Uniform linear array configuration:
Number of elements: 16
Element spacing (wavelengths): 0.75
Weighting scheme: hann
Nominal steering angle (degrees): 60
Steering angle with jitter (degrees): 58.82
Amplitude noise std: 0.05
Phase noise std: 0.05

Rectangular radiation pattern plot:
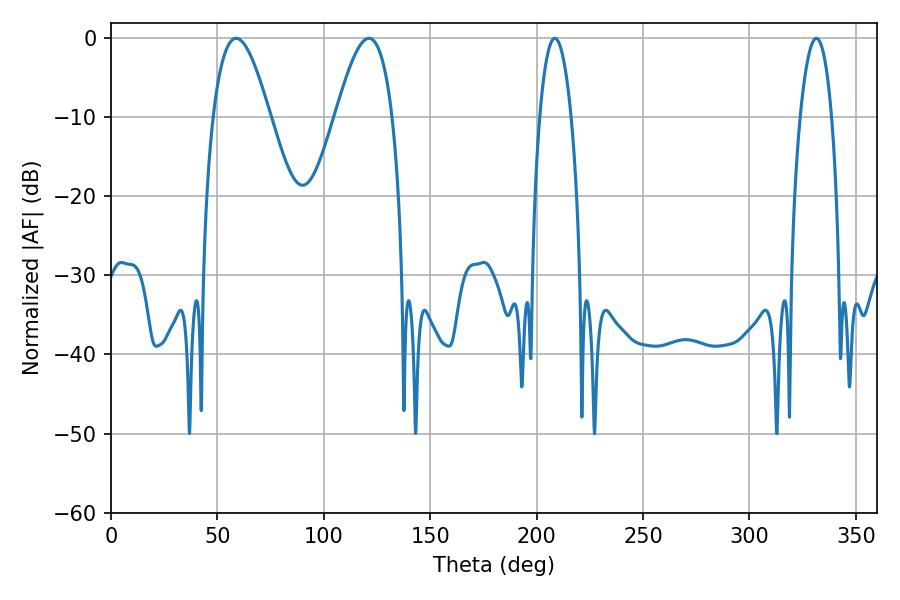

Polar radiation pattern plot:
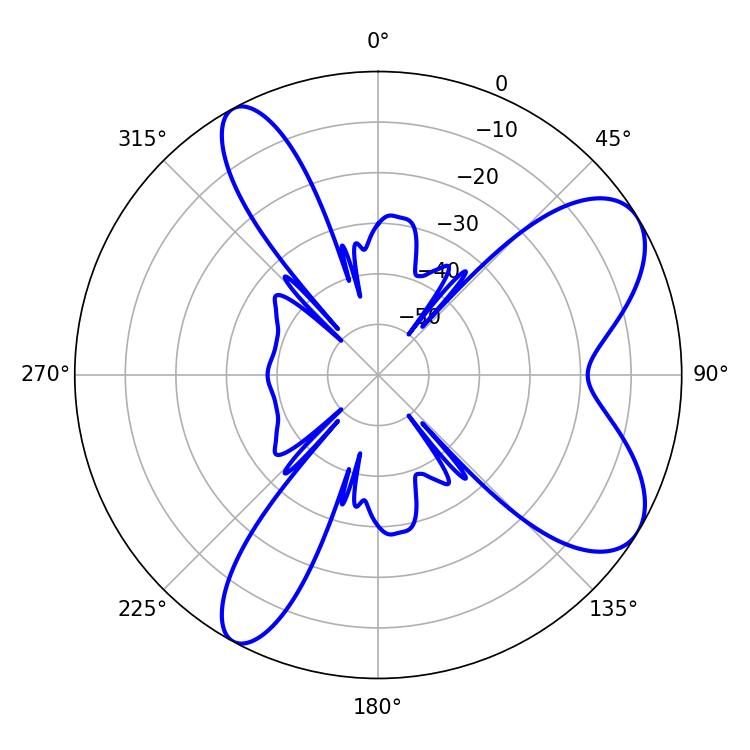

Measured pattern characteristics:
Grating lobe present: TRUE
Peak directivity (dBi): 7.782
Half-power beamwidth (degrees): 14.4
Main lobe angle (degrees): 58.86